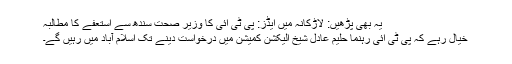
یہ بھی پڑھیں: لاڑکانہ میں ایڈز: پی ٹی آئی کا وزیر صحت سندھ سے استعفے کا مطالبہ
خیال رہے کہ پی ٹی آئی رہنما حلیم عادل شیخ الیکشن کمیشن میں درخواست دینے تک اسلام آباد میں رہیں گے۔